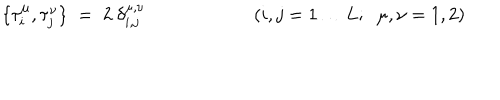
LaTeX: \{ \tau _ { i } ^ { \mu } , \tau _ { j } ^ { \nu } \} \; = \; 2 \ \delta _ { i , j } ^ { \mu , \nu } ( i , j = 1 \ldots L ; \; \; \mu , \nu = 1 , 2 )